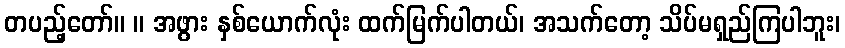
တပည့်တော်။ ။ အဖွား နှစ်ယောက်လုံး ထက်မြက်ပါတယ်၊ အသက်တော့ သိပ်မရှည်ကြပါဘူး၊